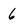
Character: 6